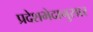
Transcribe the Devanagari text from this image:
प्रदेशभेदानुसार